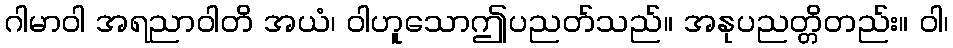
ဂါမာဝါ အရညာဝါတိ အယံ၊ ဝါဟူသောဤပညတ်သည်။ အနုပညတ္တိတည်း။ ဝါ၊